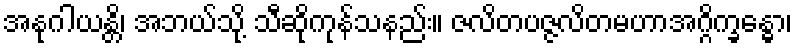
အနုဂါယန္တိ၊ အဘယ်သို့ သီဆိုကုန်သနည်း။ ဇလိတပဇ္ဇလိတမဟာအဂ္ဂိက္ခန္ဓော၊